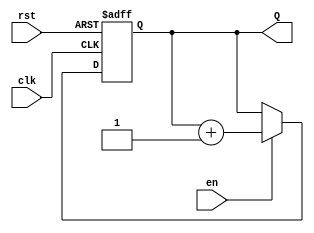
module binary_counter #(
    parameter WIDTH = 4 // Width of the counter (number of bits)
)(
    input wire clk,      // Clock signal
    input wire rst,      // Asynchronous reset signal
    input wire en,       // Enable signal
    output reg [WIDTH-1:0] Q // Counter output
);

// Asynchronous reset and synchronous counting
always @(posedge clk or posedge rst) begin
    if (rst) begin
        Q <= 0; // Reset the counter to zero
    end else if (en) begin
        Q <= Q + 1; // Increment the counter
    end
end

endmodule